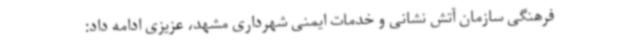
فرهنگی سازمان آتش نشانی و خدمات ایمنی شهرداری مشهد، عزیزی ادامه داد: